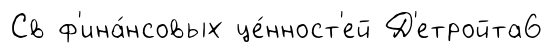
Св ф'ина́нсовых це́нност'ей Д'етройта6